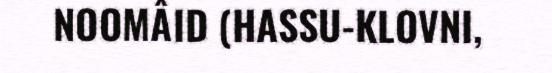
NOOMÂID (HASSU-KLOVNI,